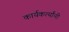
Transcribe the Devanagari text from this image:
कार्यकर्त्‍यांनी